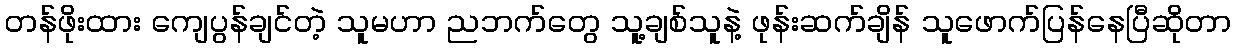
တန်ဖိုးထား ကျေပွန်ချင်တဲ့ သူမဟာ ညဘက်တွေ သူ့ချစ်သူနဲ့ ဖုန်းဆက်ချိန် သူဖောက်ပြန်နေပြီဆိုတာ